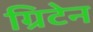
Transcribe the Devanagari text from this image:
ग्रिटेन